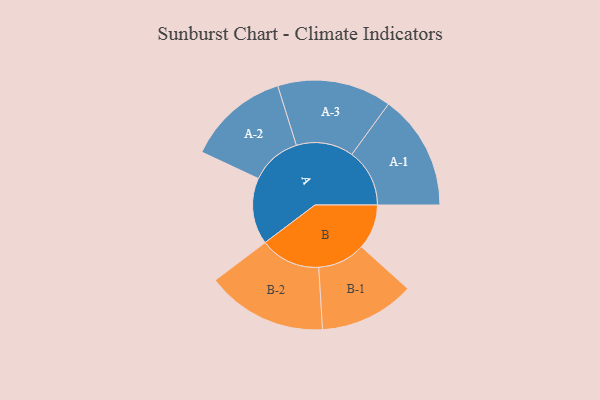
{"axis": {"x": "Segment", "y": "Value"}, "legend": ["", "A", "B"], "data": [{"x": "A", "y": 223, "type": ""}, {"x": "B", "y": 151, "type": ""}, {"x": "A-1", "y": 194, "type": "A"}, {"x": "A-2", "y": 171, "type": "A"}, {"x": "A-3", "y": 192, "type": "A"}, {"x": "B-1", "y": 160, "type": "B"}, {"x": "B-2", "y": 203, "type": "B"}]}